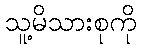
သူ့မိသားစုကို